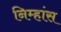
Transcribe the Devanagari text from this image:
निम्हांस